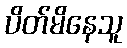
ပိတ်မိနေသူ